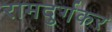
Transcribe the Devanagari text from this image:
रामदुर्गकर